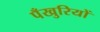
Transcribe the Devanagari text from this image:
पँखुरियों